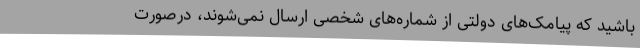
باشید که پیامک‌های دولتی از شماره‌های شخصی ارسال نمی‌شوند، درصورت